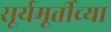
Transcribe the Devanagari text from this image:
सूर्यमूर्तीच्या